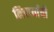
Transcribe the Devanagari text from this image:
निवार्याची